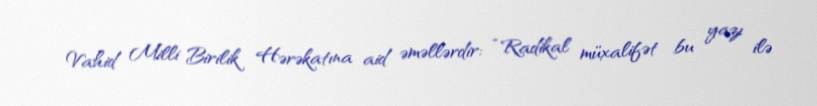
Vahid Milli Birilik Hərəkatına aid əməllərdir: “Radikal müxalifət bu yazı ilə